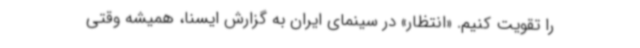
را تقویت کنیم. «انتظار» در سینمای ایران به گزارش ایسنا، همیشه وقتی